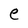
Character: e